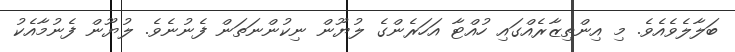
ބަލާލެވެއެވެ. މި އިންތިޒާރެއްގައި ހުއްޓާ އަހަރެންގެ ލުޔޫން ނިކުންނަތަން ފެނުނެވެ. ލުޔޫން ފެނުމާއެކު